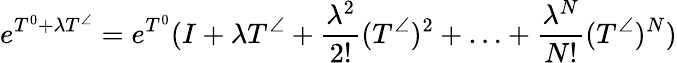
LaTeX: e^{T^{0}+\lambda T^{\angle}}=e^{T^{0}}(I+\lambda T^{\angle}+\frac{\lambda^{2}}{2!}(T^{\angle})^{2}+\ldots+\frac{\lambda^{N}}{N!}(T^{\angle})^{N})